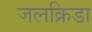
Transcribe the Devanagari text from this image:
जलक्रिडा